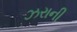
ઝરાની